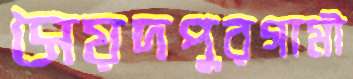
সৈয়দপুরগামী